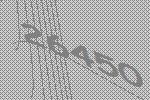
26450